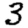
Digit: 3